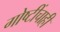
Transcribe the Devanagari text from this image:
गोष्टींचाही